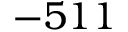
- 5 1 1